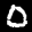
Label: 0